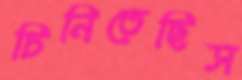
চিনিতেছিস